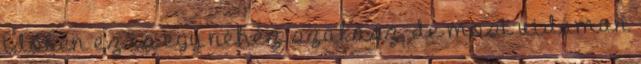
időben ez is egy nehéz szakasz, de most vidáman